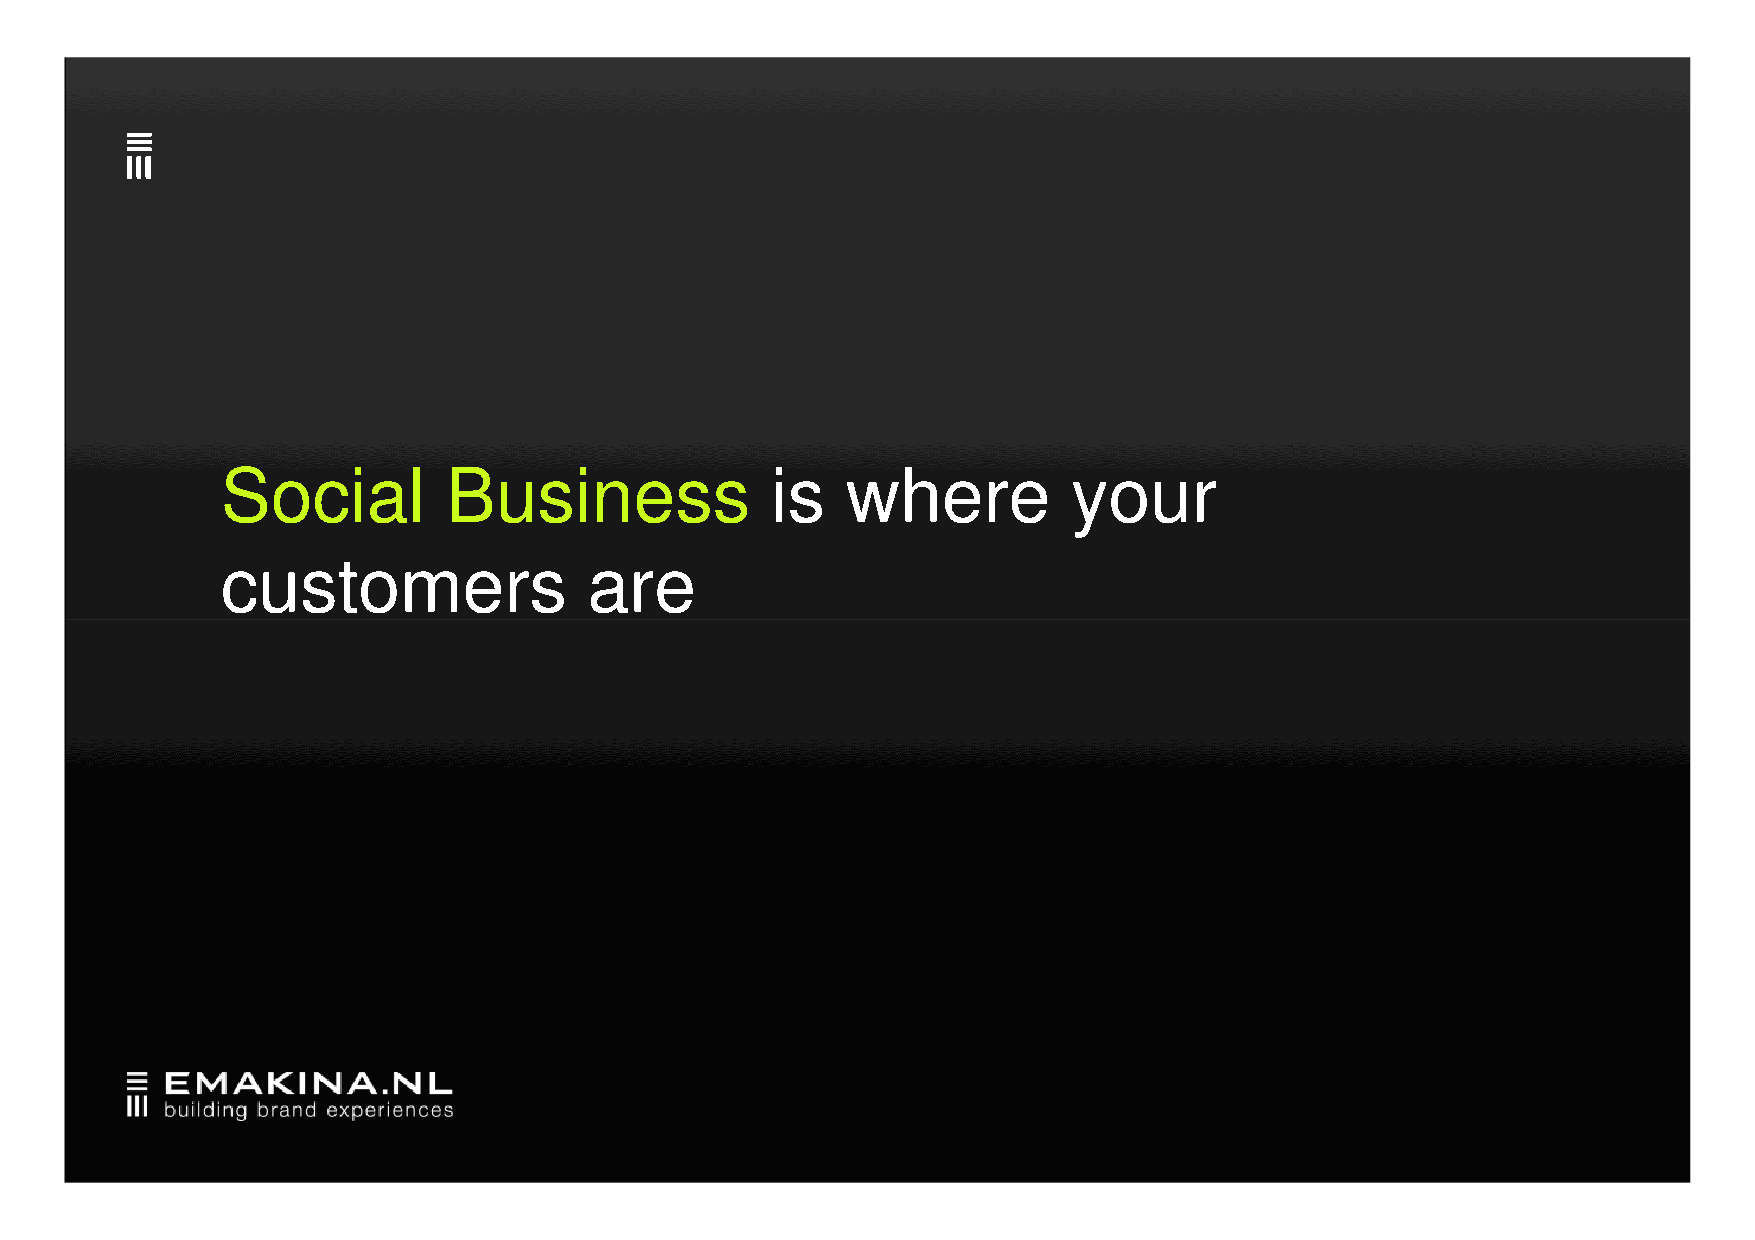
Social        Business              is   where          your
 ccuussttoommeerrss      aarree